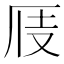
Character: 𠩍